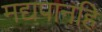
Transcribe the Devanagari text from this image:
मद्यपानहि